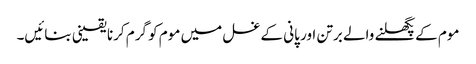
موم کے پگھلنے والے برتن اور پانی کے غسل میں موم کو گرم کرنا یقینی بنائیں۔